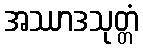
အဿာဒသုတ္တံ